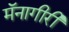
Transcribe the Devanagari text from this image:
मॅनागीरी